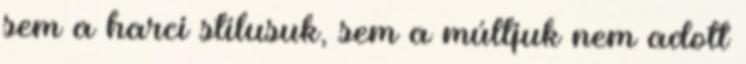
sem a harci stílusuk, sem a múltjuk nem adott